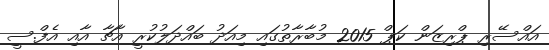
އައްސޭރި ޕްރިޒަން ކަޕް 2015 މުބާރާތުގައި މިއަދު ބައްދަލުކުރީ އާޗާ އާއި އެފް.ސީ